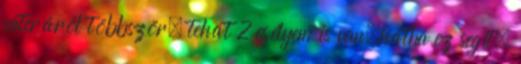
vateráról többször, tehát 2 esélyem is van,hátha ez segít.